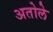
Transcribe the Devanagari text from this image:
अतोले